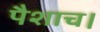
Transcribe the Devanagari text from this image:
पैशाच।